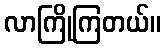
လာကြိုကြတယ်။